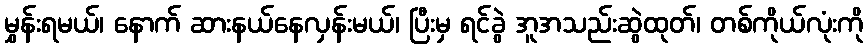
မွှန်းရမယ်၊ နောက် ဆားနယ်နေလှန်းမယ်၊ ပြီးမှ ရင်ခွဲ အူအသည်းဆွဲထုတ်၊ တစ်ကိုယ်လုံးကို